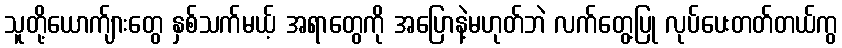
သူတို့ယောက်ျားတွေ နှစ်သက်မယ့် အရာတွေကို အပြောနဲ့မဟုတ်ဘဲ လက်တွေ့ပြု လုပ်ပေးတတ်တယ်ကွ